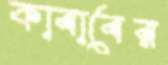
কাবাবের